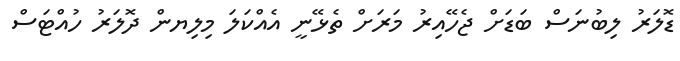
ޑޮލަރު ލިބުނަސް ބަޑަށް ޖެހޭއިރު މަރަށް ތެޅޭނީ އެއްކަލަ މިލިޔން ދޮލަރު ހުއްޓަސް